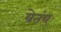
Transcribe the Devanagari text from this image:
येतंय्